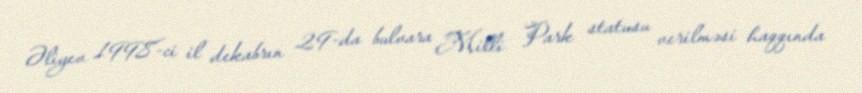
Əliyev 1998-ci il dekabrın 29-da bulvara Milli Park statusu verilməsi haqqında